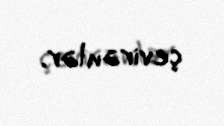
çevirənlər.